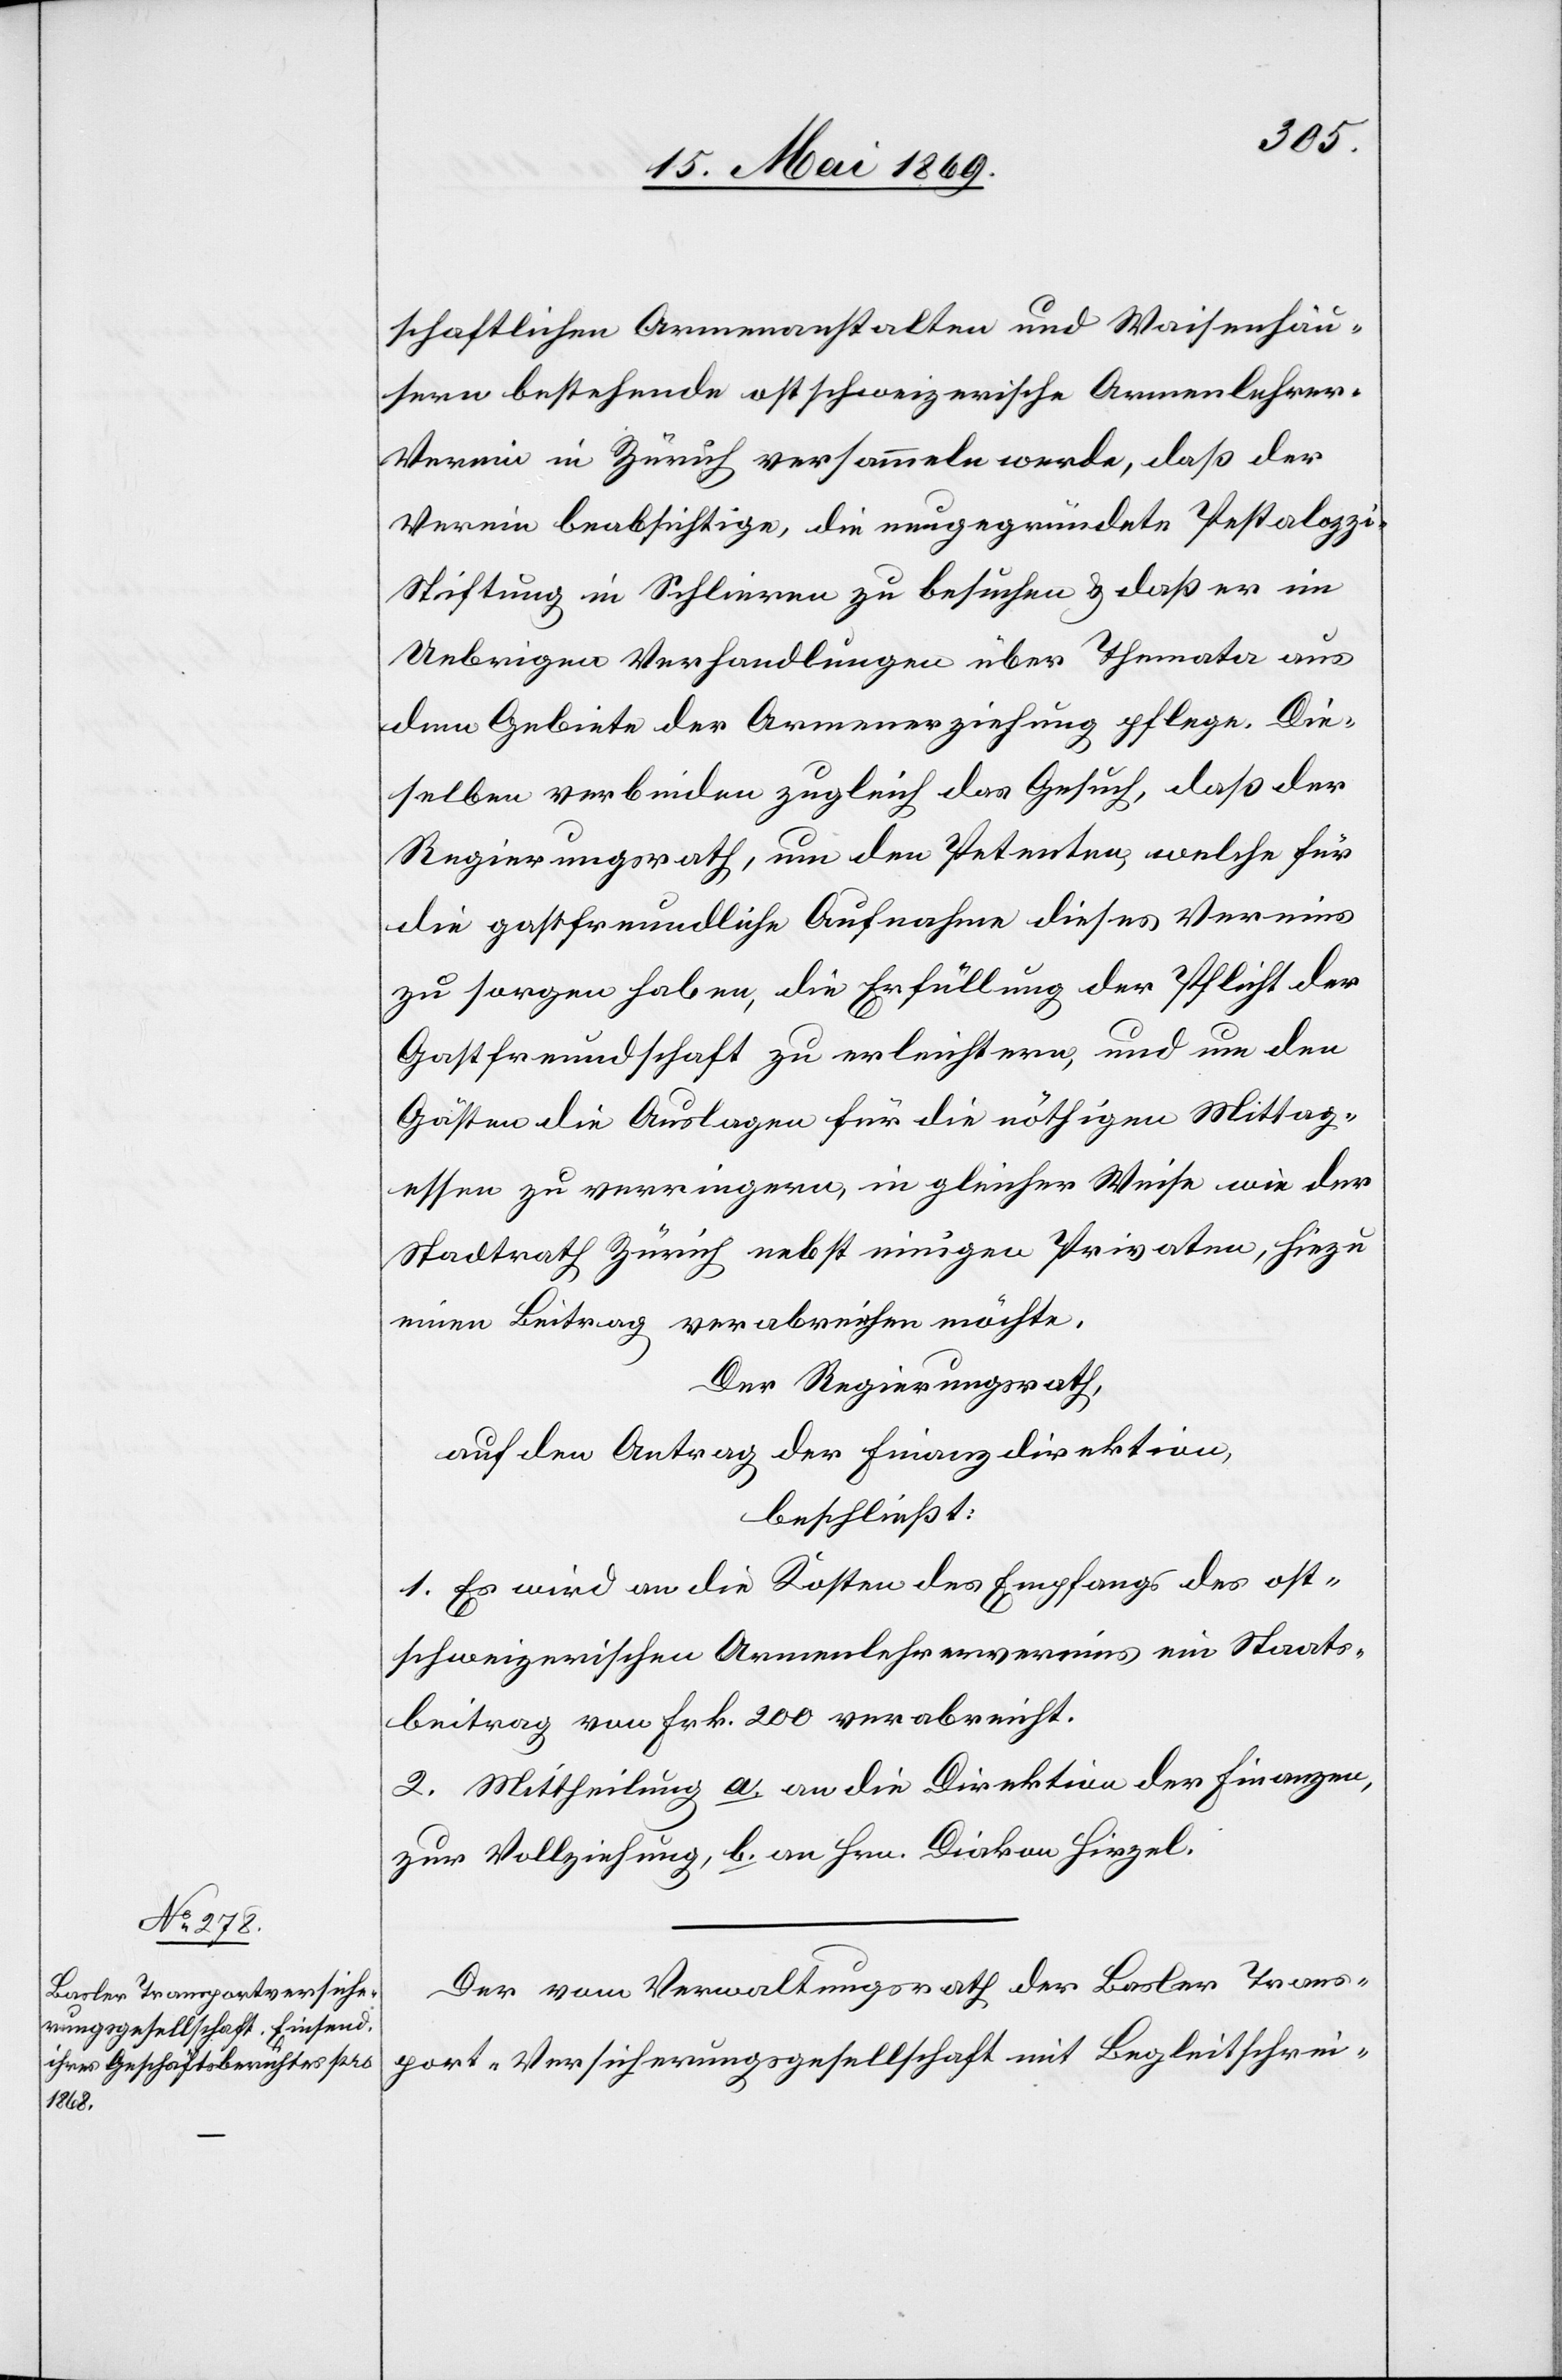
schaftlichen Armenanstalten und Waisenhäu¬
sern bestehende ostschweizerische Armenlehrer-V¬
erein in Zürich versammeln werde, daß der
Verein beabsichtige, die neugegründete Pestalozz¬
i-Stiftung in Schlieren zu besuchen u. daß er im
Uebrigen Verhandlungen über Themata aus
dem Gebiete der Armenerziehung pflege. Die¬
selben verbinden zugleich das Gesuch, daß der
Regierungsrath, um den Petenten, welche für
die gastfreundliche Aufnahme dieses Vereins
zu sorgen haben, die Erfüllung der Pflicht der
Gastfreundschaft zu erleichtern, und um den
Gästen die Auslagen für die nöthigen Mittag¬
essen zu verringern, in gleicher Weise wie der
Stadtrath Zürich nebst einigen Privaten, hiezu
einen Beitrag verabreichen möchte.
Der Regierungsrath,
auf den Antrag der Finanzdirektion,
beschließt:
1. Es wird an die Kosten des Empfangs des ost¬
schweizerischen Armenlehrervereins ein Staats¬
beitrag von Frk. 200 verabreicht.
2. Mittheilung a. an die Direktion der Finanzen,
zur Vollziehung, b. an Hrn. Diakon Hirzel.
Der vom Verwaltungsrathe der Basler Trans¬
port-Versicherungsgesellschaft mit Begleitschrei-